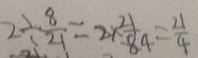
2 \div \frac { 8 } { 2 1 } = 2 \times \frac { 2 1 } { 8 4 } = \frac { 2 1 } { 4 }